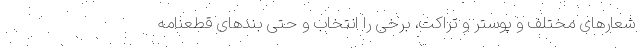
شعارهای مختلف و پوستر و تراکت، برخی را انتخاب و حتی بندهای قطعنامه